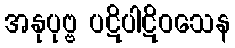
အနုပုဗ္ဗ ပဋိပါဋိဝသေန